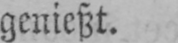
genießt.